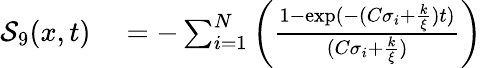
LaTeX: \begin{array}{rl}{\mathcal{S}_{9}(x,t)}&{{}=-\sum_{i=1}^{N}\left(\frac{1-\exp(-(C\sigma_{i}+\frac{k}{\xi})t)}{(C\sigma_{i}+\frac{k}{\xi})}\right)}\end{array}